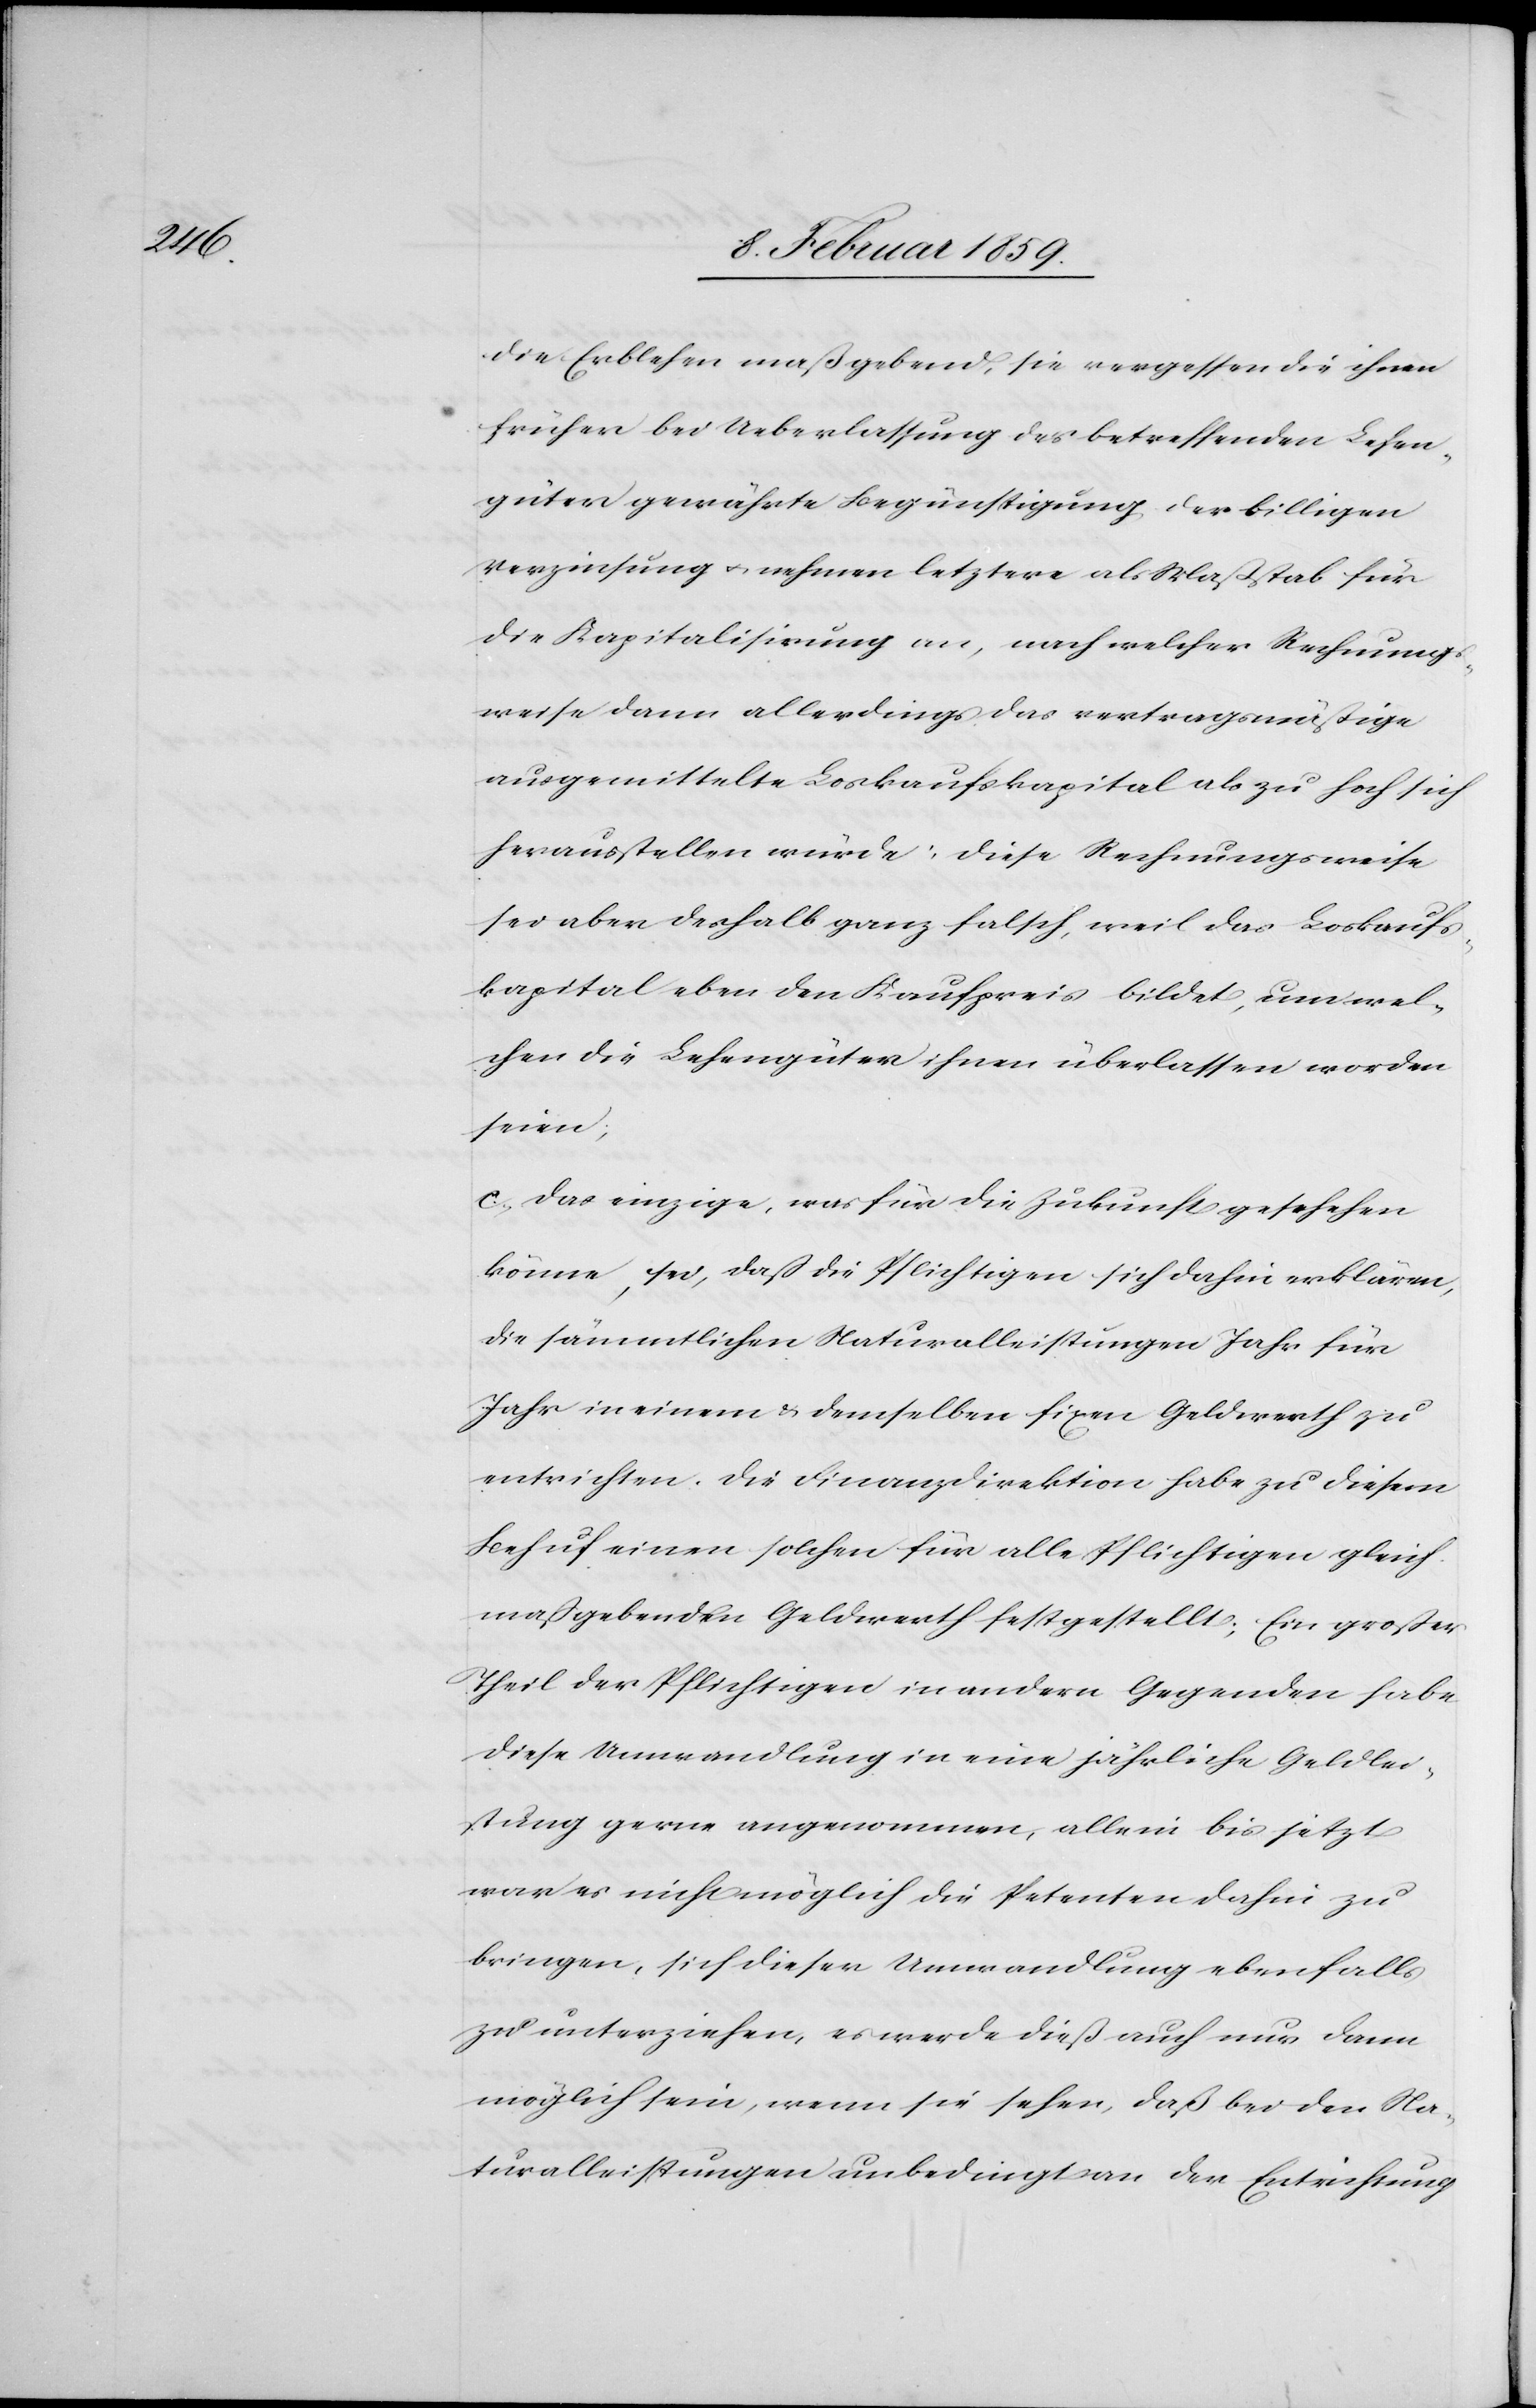
die Erblehen maßgebend, sie vergessen die ihnen
früher bei Ueberlassung der betreffenden Lehen¬
güter gewährte Begünstigung der billigen
Verzinsung u. nehmen letztere als Maßstab für
die Kapitalisirung an, nach welcher Rechnungs¬
weise dann allerdings das vertragsmäßige
ausgemittelte Loskaufskapital als zu hoch sich
herausstellen würde: diese Rechnungsweise
sei aber deshalb ganz falsch, weil das Loskaufs¬
kapital eben den Kaufpreis bildet, um wel¬
chen die Lehengüter ihnen überlassen worden
seien;
c, Das einzige, was für die Zukunft geschehen
könne, sei, daß die Pflichtigen sich dahin erklären,
die sämmtlichen Naturalleistungen Jahr für
Jahr in einem & demselben fixen Geldwerth zu
entrichten. Die Finanzdirektion habe zu diesem
Behuf einen solchen für alle Pflichtigen gleich
maßgebenden Geldwerth festgestellt; Ein großer
Theil der Pflichtigen in andern Gegenden habe
diese Umwandlung in eine jährliche Geldlei¬
stung gerne angenommen, allein bis jetzt
war es nicht möglich die Petenten dahin zu
bringen, sich dieser Umwandlung ebenfalls
zu unterziehen, es werde dieß auch nur dann
möglich sein, wenn sie sehen, daß bei den Na¬
turalleistungen unbedingt an der Entrichtung